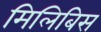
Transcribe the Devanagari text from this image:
मिलिबिस